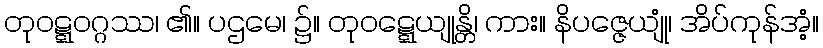
တုဝဋ္ဋဝဂ္ဂဿ၊ ၏။ ပဌမေ၊ ၌။ တုဝဋ္ဋေယျုန္တိ၊ ကား။ နိပဇ္ဇေယျုံ၊ အိပ်ကုန်အံ့။